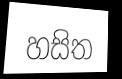
හසිත